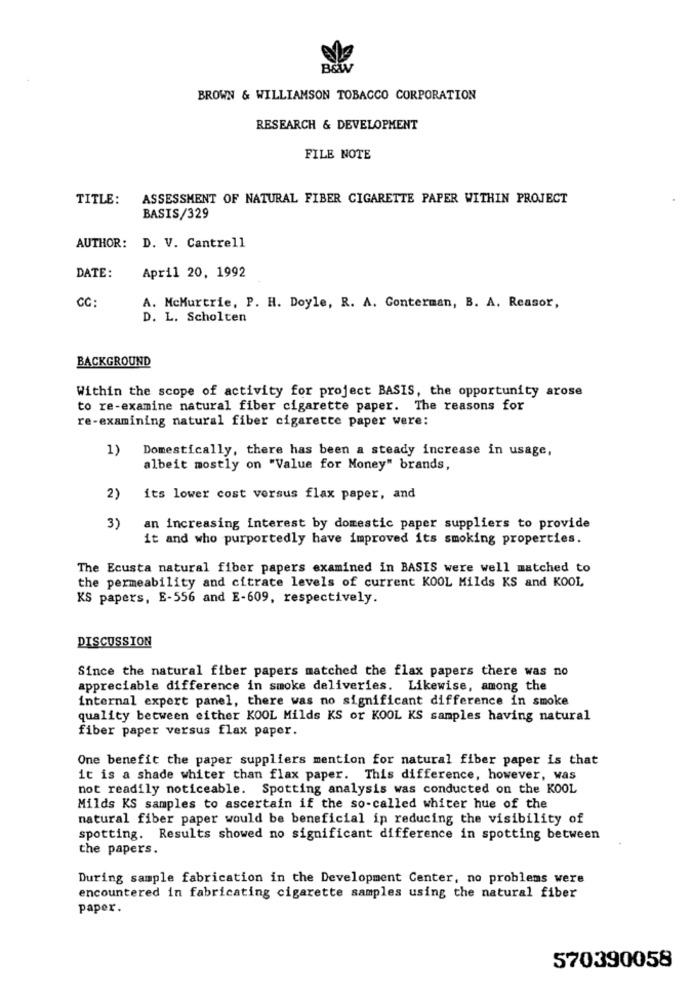
BROWN & WILLIAMSON TOBACCO CORPORATION
RESEARCH & DEVELOPMENT
FILE NOTE
TITLE:
ASSESSMENT OF NATURAL FIBER CIGARETTE PAPER WITHIN PROJECT
BASIS/329
AUTHOR: D. V. Cantrell
April 20, 1992
DATE:
CC:
A. McMurtrie, P. H. Doyle, R. A. Conterman, B. A. Reasor,
D. L. Scholten
BACKGROUND
Within the scope of activity for project BASIS, the opportunity arose
to re-examine natural fiber cigarette paper. The reasons for
re-examining natural fiber cigarette paper were:
1)
Domestically, there has been a steady increase in usage,
albeit mostly on "Value for Money" brands,
2)
its lower cost versus flax paper, and
3)
an increasing interest by domestic paper suppliers to provide
it and who purportedly have improved its smoking properties.
The Ecusta natural fiber papers examined in BASIS were well matched to
the permeability and citrate levels of current KOOL Milds KS and KOOL
KS papers, E-556 and E-609, respectively.
DISCUSSION
Since the natural fiber papers matched the flax papers there was no
appreciable difference in smoke deliveries. Likewise, among the
internal expert panel, there was no significant difference in smoke
quality between either KOOL Milds KS or KOOL KS samples having natural
fiber paper versus flax paper.
One benefit the paper suppliers mention for natural fiber paper is that
it is a shade whiter than flax paper. This difference, however, was
not readily noticeable. Spotting analysis was conducted on the KOOL
Milds KS samples to ascertain if the so-called whiter hue of the
natural fiber paper would be beneficial ip reducing the visibility of
spotting. Results showed no significant difference in spotting between
the papers.
During sample fabrication in the Development Center, no problems were
encountered in fabricating cigarette samples using the natural fiber
paper.
570390058